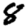
Digit: 8